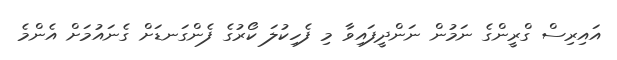
އައިރިސް ގްރީންގެ ނަމުން ނަންދީފައިވާ މި ފެހިކުލަ ކޯރުގެ ފެންގަނޑަށް ގެނައުމަށް އެންމެ